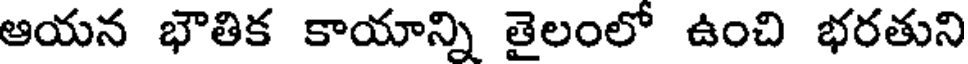
ఆయన భౌతిక కాయాన్ని తైలంలో ఉంచి భరతుని